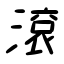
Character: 滾